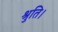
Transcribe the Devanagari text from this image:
श्रुति।